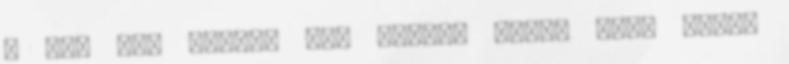
– Így add tovább 3.0 licenc alatt van; egyes